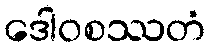
ဒေါဝစဿတံ